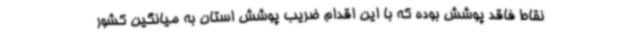
نقاط فاقد پوشش بوده که با این اقدام ضریب پوشش استان به میانگین کشور